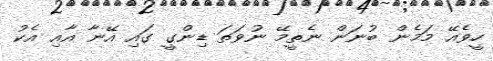
ހީވެއޭ މަމެން ބުނަން ނެތީމޭ ނުވަތަ ޑިންގީ ގައި އޭނާ އާއި އެކު